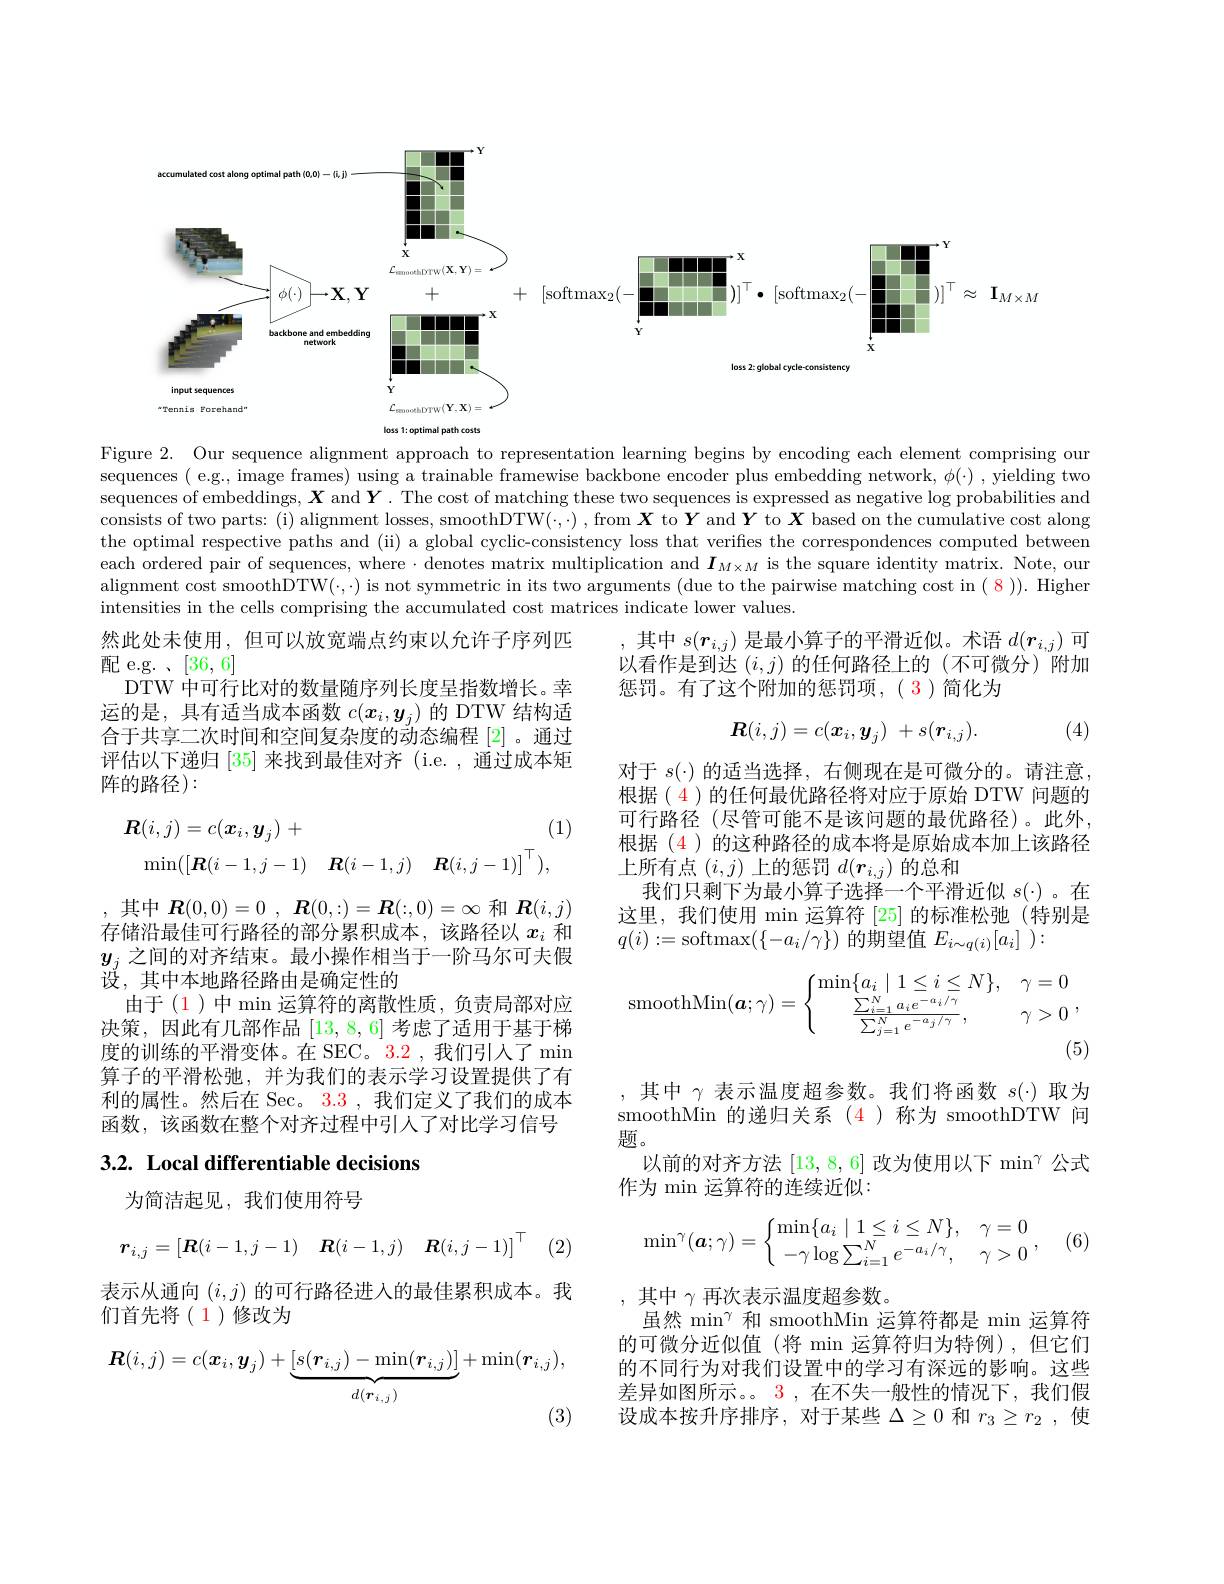
<FigureHere>
Figure 2. Our sequence alignment approach to representation learning begins by encoding each element comprising our

sequences ( e.g., image frames) using a trainable framewise backbone encoder plus embedding network, $\phi(\cdot)$ , yielding two sequences of embeddings, $\boldsymbol{X}$ and $\boldsymbol{Y}.$ The cost of matching these two sequences is expressed as negative log probabilities and consists of two parts: (i) alignment losses, smoothDTW($\cdot,\cdot)$ , from $\boldsymbol{X}$ to $\boldsymbol{Y}$ and $\boldsymbol{Y}$ to $\boldsymbol{X}$ based on the cumulative cost along the optimal respective paths and (ii) a global cyclic-consistency loss that verifies the correspondences computed betweend betweend each ordered pair of sequences, where $\cdot$ denotes matrix multiplication and $I_M\times M$ is the square identity matrix. Note, our alignment cost smoothDTW$(\cdot,\cdot)$ is not symmetric in its two arguments (due to the pairwise matching cost in ( 8 )). Higher intensities in the cells comprising the accumulated cost matrices indicate lower values.

然此处未使用，但可以放宽端点约束以允许子序列匹
配 e.g. 、[36,6]
DTW 中可行比对的数量随序列长度呈指数增长。幸运的是，具有适当成本函数$c(\boldsymbol{x}_i,\boldsymbol{y}_j)$的 DTW 结构适合于共享二次时间和空间复杂度的动态编程 [2] 。通过评估以下递归[35]来找到最佳对齐 (i.e.,通过成本矩阵的路径):

,其中$s(r_i,j)$是最小算子的平滑近似。术语$d(\boldsymbol{r}_i,j)$可以看作是到达$(i,j)$的任何路径上的 (不可微分)附加惩罚。有了这个附加的惩罚项，(3)简化为
$$\boldsymbol{R}(i,j)=c(\boldsymbol{x}_i,\boldsymbol{y}_j)\:+s(\boldsymbol{r}_{i,j}).$$
(4)

(1)
$$\boldsymbol{R}(i,j)=c(\boldsymbol{x}_{i},\boldsymbol{y}_{j})\:+\quad(\\\operatorname*{min}([\boldsymbol{R}(i-1,j-1)\quad\boldsymbol{R}(i-1,j)\quad\boldsymbol{R}(i,j-1)]^{\top}),$$
对于$s(\cdot)$的适当选择，右侧现在是可微分的。请注意， 根据( 4 )的任何最优路径将对应于原始 DTW 问题的可行路径 (尽管可能不是该问题的最优路径)。此外， 根据 (4)的这种路径的成本将是原始成本加上该路径上所有点$(i,j)$上的惩罚$d(\boldsymbol{r}_i,j)$的总和
我们只剩下为最小算子选择一个平滑近似$s(\cdot)$。在这里，我们使用 min 运算符 [25] 的标准松弛(特别是$q(i):=$softmax$(\{-a_i/\gamma\})$的期望值$E_i\sim q( i) [ a_i]$ ):
$$\operatorname{smoothMin}(\boldsymbol{a};\gamma)=\left\{\begin{matrix}\min\{a_i\mid1\leq i\leq N\},&\gamma=0\\\frac{\sum_{i=1}^Na_ie^{-a_i/\gamma}}{\sum_{j=1}^Ne^{-a_j/\gamma}},&\gamma>0\end{matrix}\right.,$$
,其中$\boldsymbol{R}(0,0)=0,\boldsymbol{R}(0,:)=\boldsymbol{R}(:,0)=\infty$ 和$\boldsymbol{R}(i,j)$ 存储沿最佳可行路径的部分累积成本，该路径以$x_i$和$y_j$之间的对齐结束。最小操作相当于一阶马尔可夫假设，其中本地路径路由是确定性的
由于(1)中 min 运算符的离散性质，负责局部对应决策，因此有几部作品[13,8,6]考虑了适用于基于梯度的训练的平滑变体。在 SEC。3.2 , 我们引人了 min 算子的平滑松弛，并为我们的表示学习设置提供了有利的属性。然后在 Sec。3.3 , 我们定义了我们的成本函数，该函数在整个对齐过程中引人了对比学习信号

,其中$\gamma$表示温度超参数。我们将函数$s(\cdot)$取为smoothMin的递归关系(4)称为 smoothDTW 问题。
以前的对齐方法[13,8,6]改为使用以下$\min^\gamma$公式
作为 min 运算符的连续近似：

# 3.2. Local differentiable decisions

为简洁起见，我们使用符号
$$\min^\gamma(\boldsymbol{a};\gamma)=\left\{\begin{matrix}\min\{a_i\mid1\leq i\leq N\},&\gamma=0\\-\gamma\log\sum_{i=1}^Ne^{-a_i/\gamma},&\gamma>0\end{matrix}\right.,$$
(6)
$$\boldsymbol{r}_{i,j}=\begin{bmatrix}\boldsymbol{R}(i-1,j-1)&\boldsymbol{R}(i-1,j)&\boldsymbol{R}(i,j-1)\end{bmatrix}^\top $$
(2)

表示从通向$(i,j)$的可行路径进入的最佳累积成本。我
们首先将(1)修改为
$$\boldsymbol{R}(i,j)=c(\boldsymbol{x}_{i},\boldsymbol{y}_{j})+\underbrace{[s(\boldsymbol{r}_{i,j})-\min(\boldsymbol{r}_{i,j})]}_{d(\boldsymbol{r}_{i,j})}+\min(\boldsymbol{r}_{i,j}),$$
,其中$\gamma$再次表示温度超参数。
虽然$\min^\gamma$和 smoothMin 运算符都是 min 运算符的可微分近似值(将 min 运算符归为特例),但它们的不同行为对我们设置中的学习有深远的影响。这些差异如图所示。。3 ,在不失一般性的情况下，我们假设成本按升序排序，对于某些$\Delta\geq0$和$r_3\geq r_2$,使